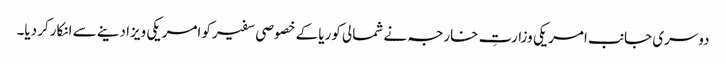
دوسری جانب امریکی وزارتِ خارجہ نے شمالی کوریا کے خصوصی سفیرکو امریکی ویزا دینے سے انکارکر دیا۔